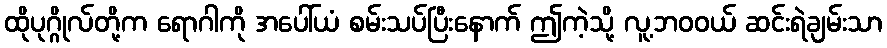
ထိုပုဂ္ဂိုလ်တို့က ရောဂါကို အပေါ်ယံ စမ်းသပ်ပြီးနောက် ဤကဲ့သို့ လူ့ဘဝဝယ် ဆင်းရဲချမ်းသာ